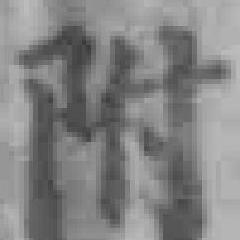
附